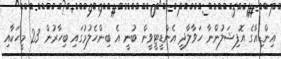
އިންޑިއާގެ އޮފިޝަލުންނާ ހަވާލާދީ އެންޑީޓީވީން ބުނީ އެ ބިންހެލުމުގައި ބިހާރުން 23 މީހަކާއި